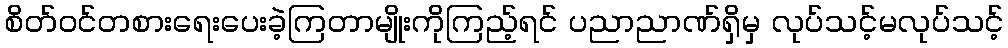
စိတ်ဝင်တစားရေးပေးခဲ့ကြတာမျိုးကိုကြည့်ရင် ပညာညာဏ်ရှိမှ လုပ်သင့်မလုပ်သင့်